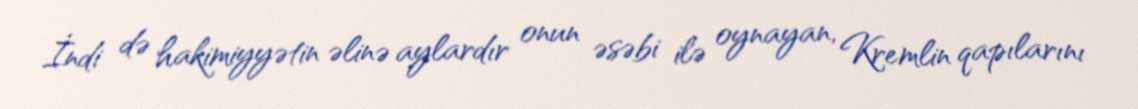
İndi də hakimiyyətin əlinə aylardır onun əsəbi ilə oynayan, Kremlin qapılarını